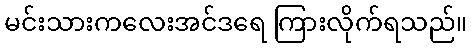
မင်းသားကလေးအင်ဒရေ ကြားလိုက်ရသည်။